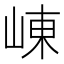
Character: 崠